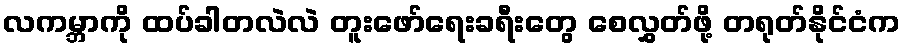
လကမ္ဘာကို ထပ်ခါတလဲလဲ တူးဖော်ရေးခရီးတွေ စေလွှတ်ဖို့ တရုတ်နိုင်ငံက